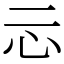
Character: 忈